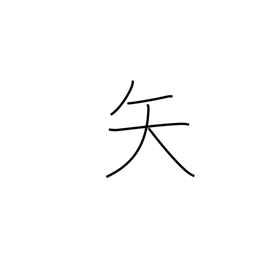
Meaning: dart